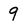
Character: 9